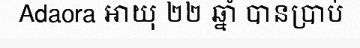
Adaora អាយុ ២២ ឆ្នាំ បានប្រាប់